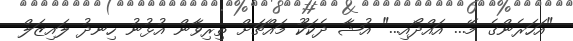
"އަހަރެންގެ މޭ... އައްދޯއި..." އުޝާ ދެކަކޫ މައްޗަށް ތިރިވާން އުޅުނު ހިނދު ލައިޒަލް